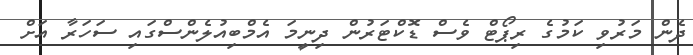
ދެން މަރުވި ކަމުގެ ރިޕޯޓް ވެސް ޑޮކްޓަރުން ދިނީމަ އެމްބިއުލެންސްގައި ސަހަރާ އަށް